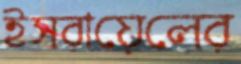
ইসরায়েলের